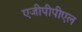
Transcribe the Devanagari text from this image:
एजीपीपीएल